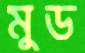
মুড